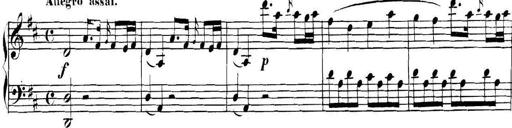
Title: Collected Piano Sonatas
Composer: Muzio Clementi